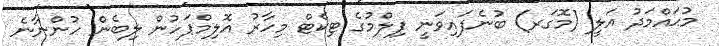
މުޙައްމަދު އަލީ (މޮގަރ) ބުނެފައިވަނީ ފިލްމުގެ ޓިކެޓް މިހާރު އޮލިމްޕަހުން ލިބެން ހުންނާނެ